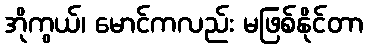
အိုကွယ်၊ မောင်ကလည်း မဖြစ်နိုင်တာ